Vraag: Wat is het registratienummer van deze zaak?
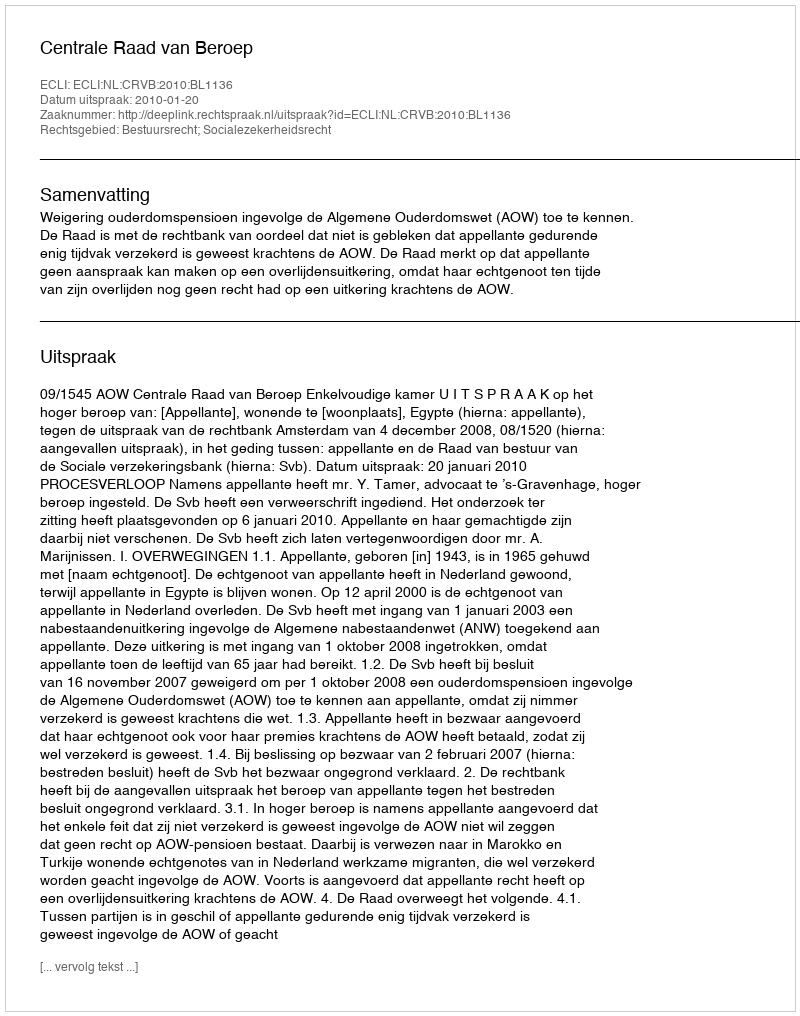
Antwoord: http://deeplink.rechtspraak.nl/uitspraak?id=ECLI:NL:CRVB:2010:BL1136